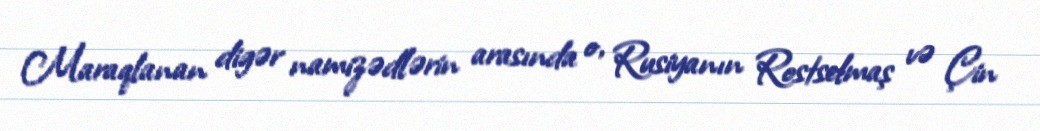
Maraqlanan digər namizədlərin arasında o, Rusiyanın Rostselmaş və Çin